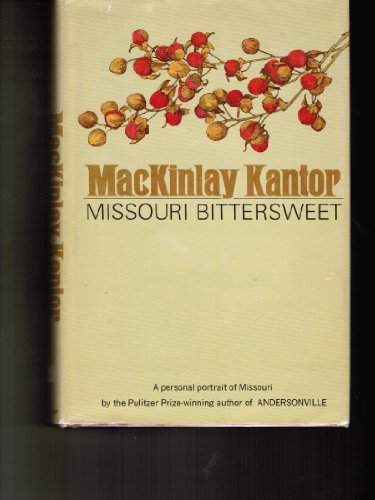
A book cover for Missouri Bittersweet; MacKinlay Kantor; Travel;